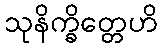
သုနိက္ခိတ္တေဟိ